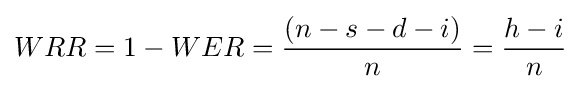
WRR=1-WER={(n-s-d-i) \over n}={h-i \over n}